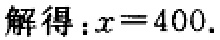
解得：\(x = 400\).